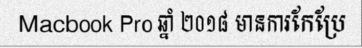
Macbook Pro ឆ្នាំ ២០១៨ មានការកែប្រែ